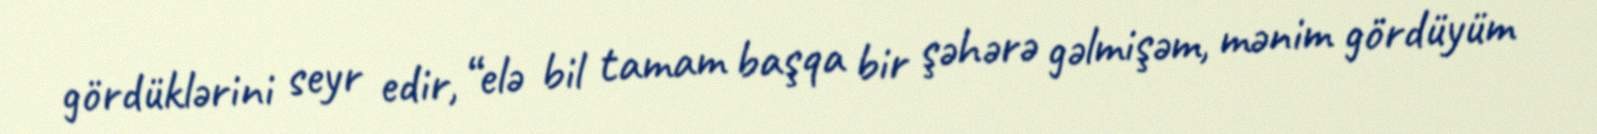
gördüklərini seyr edir, “elə bil tamam başqa bir şəhərə gəlmişəm, mənim gördüyüm